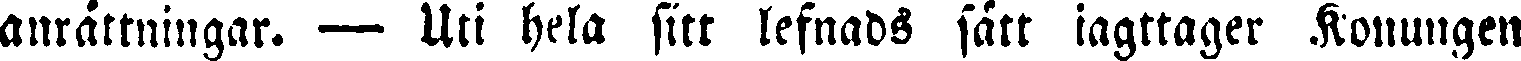
anrättningar. — Uti hela sitt lefnads sätt iagttager Konungen